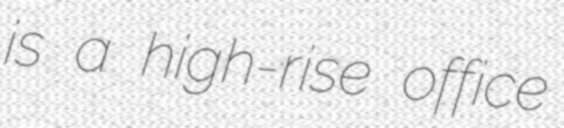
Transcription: is a high-rise office